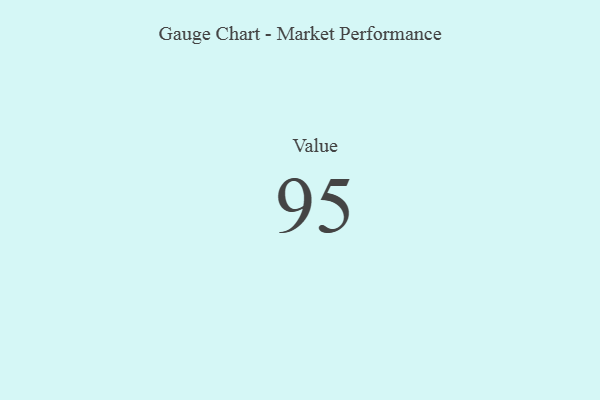
{"axis": {"x": "Metric", "y": "Value"}, "legend": [""], "data": [{"x": "Value", "y": 95, "type": ""}]}